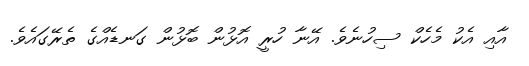
އާއި އެކު މެހެކް ސިހުނެވެ. އޭނާ ހުރީ އޮޅުން ބޮޅުން ގަނޑެއްގެ ތެރޭގައެވެ.